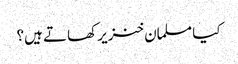
کیا مسلمان خنزیر کھاتے ہیں؟